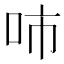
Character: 𰇓